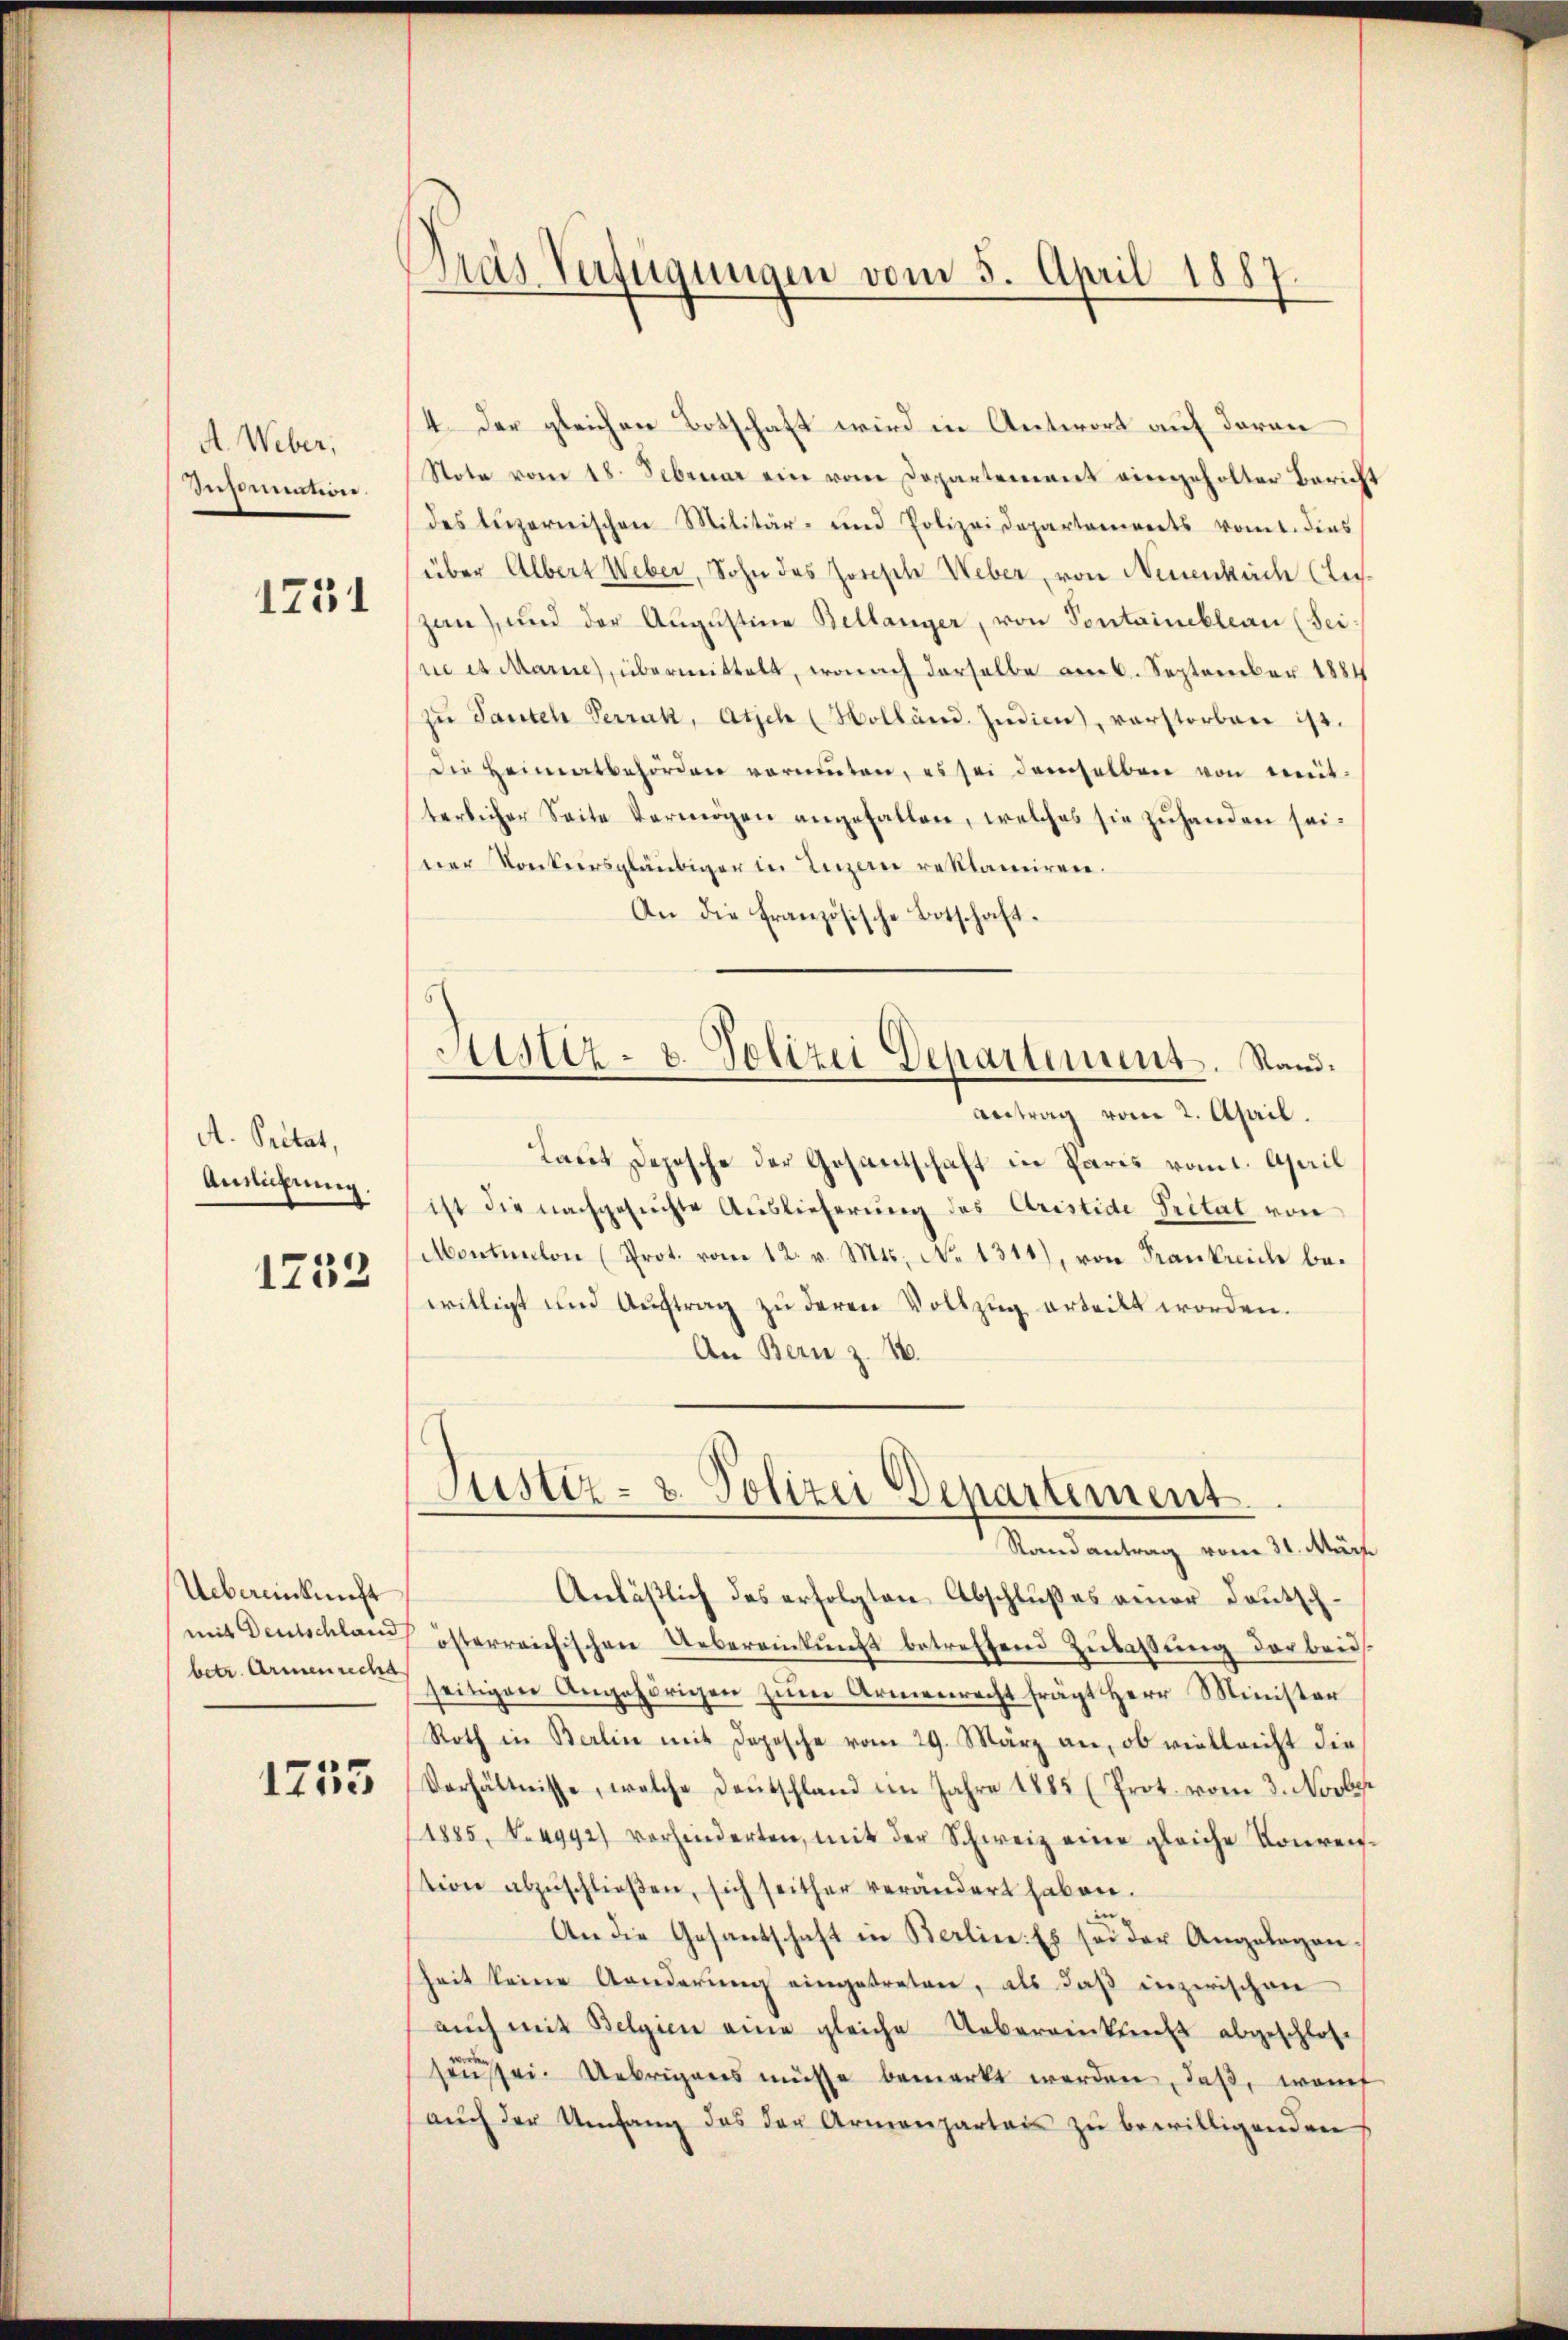
A. Weber,
Insinuation.

1731

A. Pretat,
Aneigung.
1753

Uebereinkunft

1735

Dras Verfügungen vom 5. April 1887

4. Der gleichen Botschaft wird in Antwort auf daran
Note vom 18. Februar ein vom Departement eingeholter Bericht
des Luzernischen Militär- und Polizeidepartonierts vomt. dies
über Albert Weber, Sohn des Joseph Weber, von Neuenbuch (Luszan), und der Augustine Bellanger, von Sontainebleau (Sei
re et Marie, übermittelt, wonach derselbe am 6. September 1884
zŭ Tanten Terrak, Atich (Holländ. Indien, verstorben ist.
die Heimatbehörden verniṁten, es sei demselben von mit-
terlicher Seite Vermögen angefallen, welches sie zuhanden seiner Konkursgläubiger in Luzern reklamiren.
An die französische Botschaft.
Sistiz- u. Polizei Departement. Stand.
Antrag vom 2. April.
Laut Depesche der Gesantschaft in Paris vom 1. April
ist die nachgesuchte Auslieferung des Cristide Pritat von
Montalon (Prot. vom 12. v. Mts. No 1311), von Krankricle bewilligt und Auftrag zu deren Vollzug erteilt worden.
An Bern z. 16.

Justiz- & Polizei Departement.
Randantrag vom 31. März

Anlässlich des erfolgten Abschlußes einer Deutschmit Deutschlauch österreichischen Uebereinkunft betreffend Zulassung der beid
betr. Armennen seitigen Angehörigen zŭm Armenrecht frägt Herr Minister
Roth in Berlin mit Depesche vom 29. März an, ob vielleicht die
Verhältnisse, welche Deutschland im Jahre 1885 (Prot. vom 3. Novbe
1885, N. 4992) vorhinderten, mit der Schweiz eine gleiche Konrention abzŭschließen, sich seither verändert haben.

An die Gesantschaft in Berlin. Es sei der Angelegenheit seine Aenderung eingetreten, als daß inzwischen
aŭch mit Belgien eine gleiche Uebereinkunft abgeschlos
heussei. Uebrigens müsse bemerkt werden, daß, womit
aŭch der Umfang des der Armenparteis zŭ bewilligenden